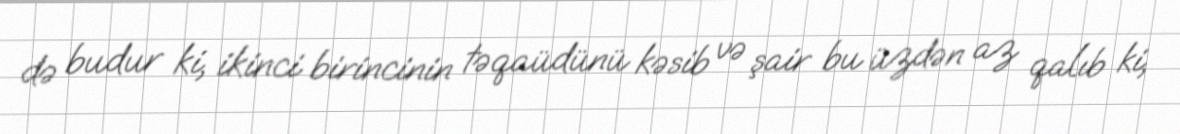
də budur ki, ikinci birincinin təqaüdünü kəsib və şair bu üzdən az qalıb ki,